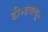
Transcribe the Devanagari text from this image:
डी॰डब्ल्यू॰